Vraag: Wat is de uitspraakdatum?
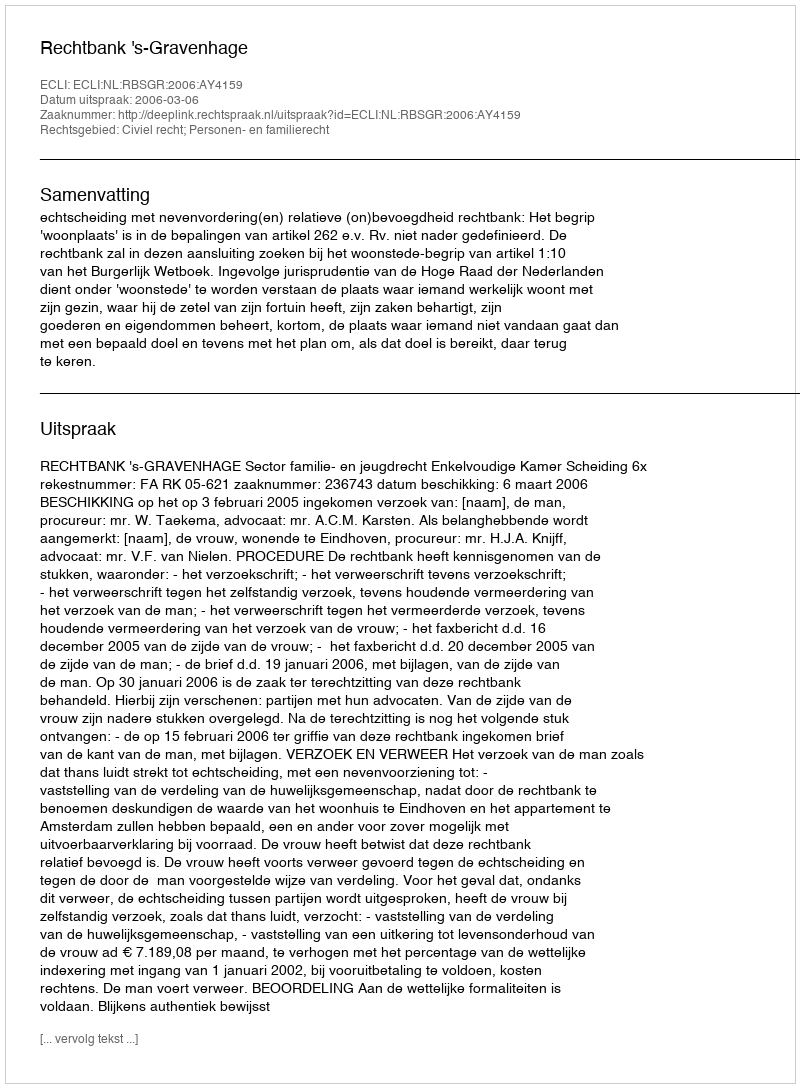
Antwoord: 2006-03-06